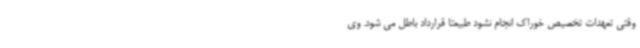
وقتی تعهدات تخصیص خوراک انجام نشود طبیعتا قرارداد باطل می شود. ‌وی